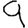
Digit: 9